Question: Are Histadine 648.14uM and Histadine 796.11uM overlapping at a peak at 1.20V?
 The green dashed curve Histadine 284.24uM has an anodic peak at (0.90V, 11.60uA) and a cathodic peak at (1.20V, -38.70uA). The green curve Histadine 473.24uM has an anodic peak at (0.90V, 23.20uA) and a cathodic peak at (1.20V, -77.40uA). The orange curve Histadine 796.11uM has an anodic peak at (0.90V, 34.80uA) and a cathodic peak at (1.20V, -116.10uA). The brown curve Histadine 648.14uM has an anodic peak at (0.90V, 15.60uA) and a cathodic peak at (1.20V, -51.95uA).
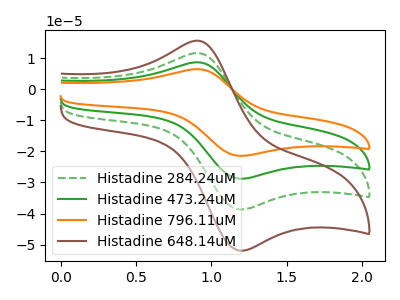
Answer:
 <answer>Yes, "Histadine 648.14uM" and "Histadine 796.11uM" share a peak at 1.20V.</answer>
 <eval>match</eval>